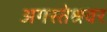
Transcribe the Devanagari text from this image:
अगस्‍तेश्रवर